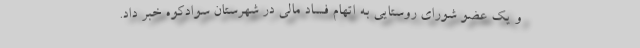
و یک عضو شورای روستایی به اتهام فساد مالی در شهرستان سوادکوه خبر داد.